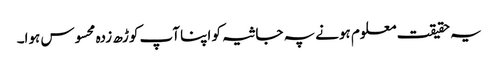
یہ حقیقت معلوم ہونے پہ جاثیہ کو اپنا آپ کوڑھ زدہ محسوس ہوا۔